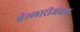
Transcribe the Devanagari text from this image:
बेल्लारीजवळ